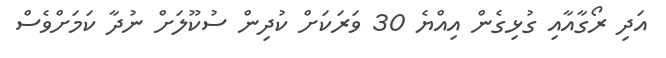
އަދި ރޯގާއާއި ގުޅިގެން އިއްޔެ 30 ވަރަކަށް ކުދިން ސުކޫލަށް ނުދާ ކަމަށްވެސް